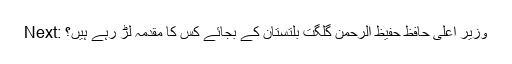
Next: وزیر اعلی حافظ حفیظ الرحمن گلگت بلتستان کے بجائے کس کا مقدمہ لڑ رہے ہیں؟